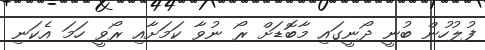
ފުލުުހުން ބުނީ ދޯނީގައި މާބޮޑަށް ރޯ ނުވާ ކަމަށާއި ރޯވީ ހަމަ އެކަނި